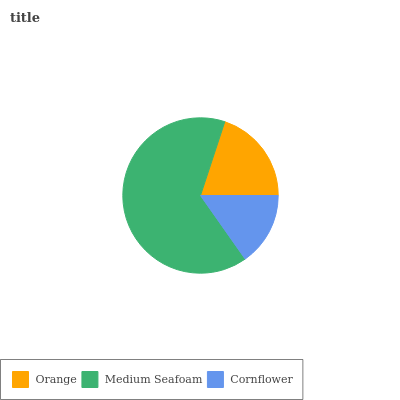
| Orange | Medium Seafoam | Cornflower |
 | --- | --- | --- |
 | 19.9% | 64.8% | 15.3% |